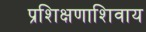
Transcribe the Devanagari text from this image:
प्रशिक्षणाशिवाय